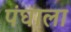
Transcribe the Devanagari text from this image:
पंघाला